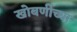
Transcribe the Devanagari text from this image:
खोबणीच्या